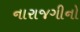
નારાજગીનો